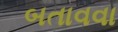
બતાવવા